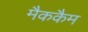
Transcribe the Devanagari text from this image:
मैककैम